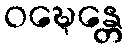
ဝဍ္ဎေန္တေ